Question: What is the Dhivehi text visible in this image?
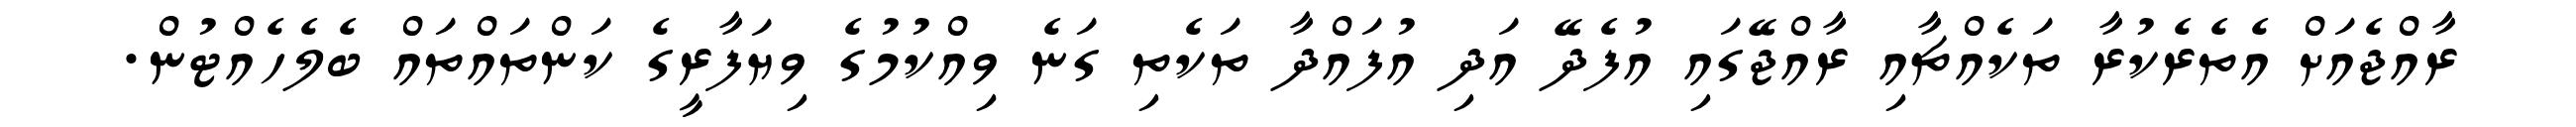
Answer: ރާއްޖެއަށް އެތެރެކުރާ ތަކެއްޗާއި ރާއްޖޭގައި އުފެދޭ އަދި އުފައްދާ ތަކެތި ގަނެ ވިއްކުމުގެ ވިޔަފާރީގެ ކަންތައްތައް ބެލެހެއްޓުން.